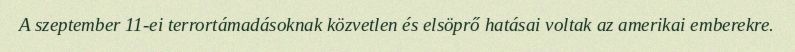
A szeptember 11-ei terrortámadásoknak közvetlen és elsöprő hatásai voltak az amerikai emberekre.